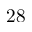
2 8